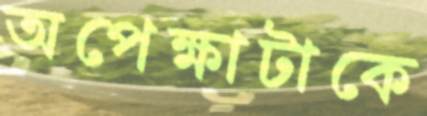
অপেক্ষাটাকে